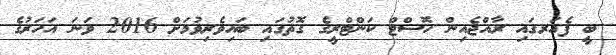
ބީ ފެއަރގައި ރާއްޖެއިން ހޮސްޓް ކަންޓްރީގެ ގޮތުގައި ބައިވެރިވުމަށް 2016 ވަނަ އަހަރުގެ